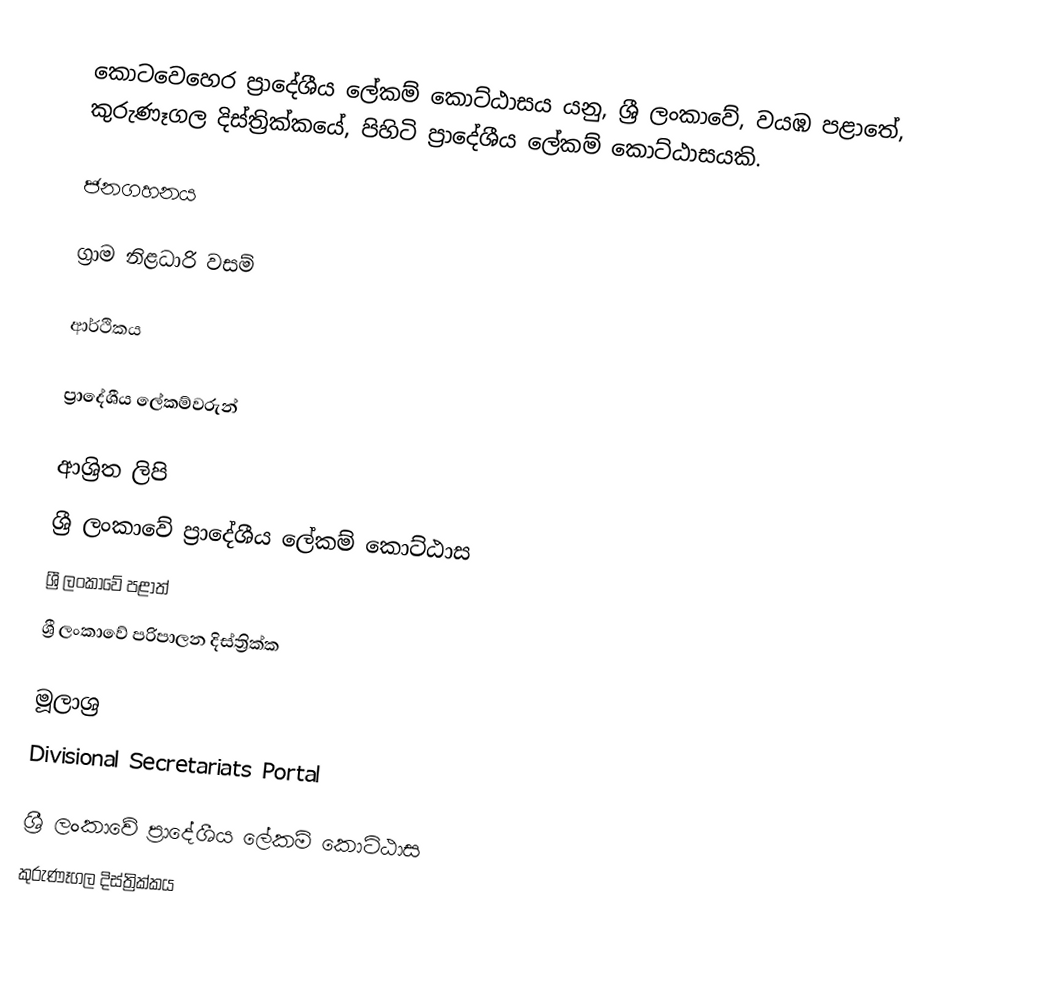
කොටවෙහෙර ප්‍රාදේශීය ලේකම් කොට්ඨාසය යනු,  ශ්‍රී ලංකාවේ, වයඹ පළාතේ,   කුරුණෑගල දිස්ත්‍රික්කයේ, පිහිටි ප්‍රාදේශීය ලේකම් කොට්ඨාසයකි.

ජනගහනය

ග්‍රාම නිළධාරි වසම්

ආර්ථිකය

ප්‍රාදේශීය ලේකම්වරුන්

ආශ්‍රිත ලිපි
ශ්‍රී ලංකාවේ ප්‍රාදේශීය ලේකම් කොට්ඨාස
ශ්‍රී ලංකාවේ පළාත්
ශ්‍රී ලංකාවේ පරිපාලන දිස්ත්‍රික්ක

මූලාශ්‍ර
 Divisional Secretariats Portal

ශ්‍රී ලංකාවේ ප්‍රාදේශීය ලේකම් කොට්ඨාස
කුරුණෑගල දිස්ත්‍රික්කය